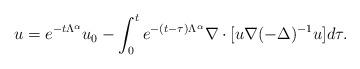
LaTeX: \begin{align*} u=e^{-t\Lambda^{\alpha}}u_0-\int_0^te^{-(t-\tau)\Lambda^{\alpha}}\nabla\cdot[u\nabla(-\Delta)^{-1}u]d\tau.\end{align*}